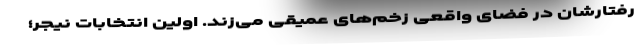
رفتارشان در فضای واقعی زخم‌های عمیقی می‌زند. اولین انتخابات نیجر؛